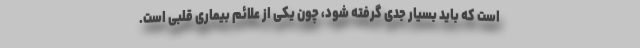
است که باید بسیار جدی گرفته شود، چون یکی از علائم بیماری قلبی است.